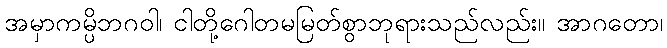
အမှာကမ္ပိဘဂဝါ၊ ငါတို့ဂေါတမမြတ်စွာဘုရားသည်လည်း။ အာဂတော၊